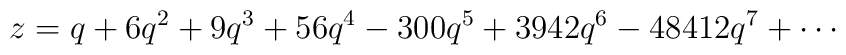
z = q + 6 q^2 + 9 q^3 + 56 q^4 -300 q^5 + 3942 q^6 -48412 q^7 + \cdots